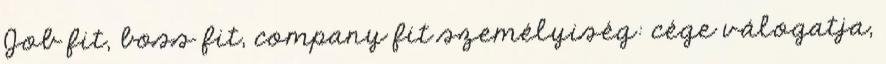
Job fit, boss fit, company fit személyiség: cége válogatja,